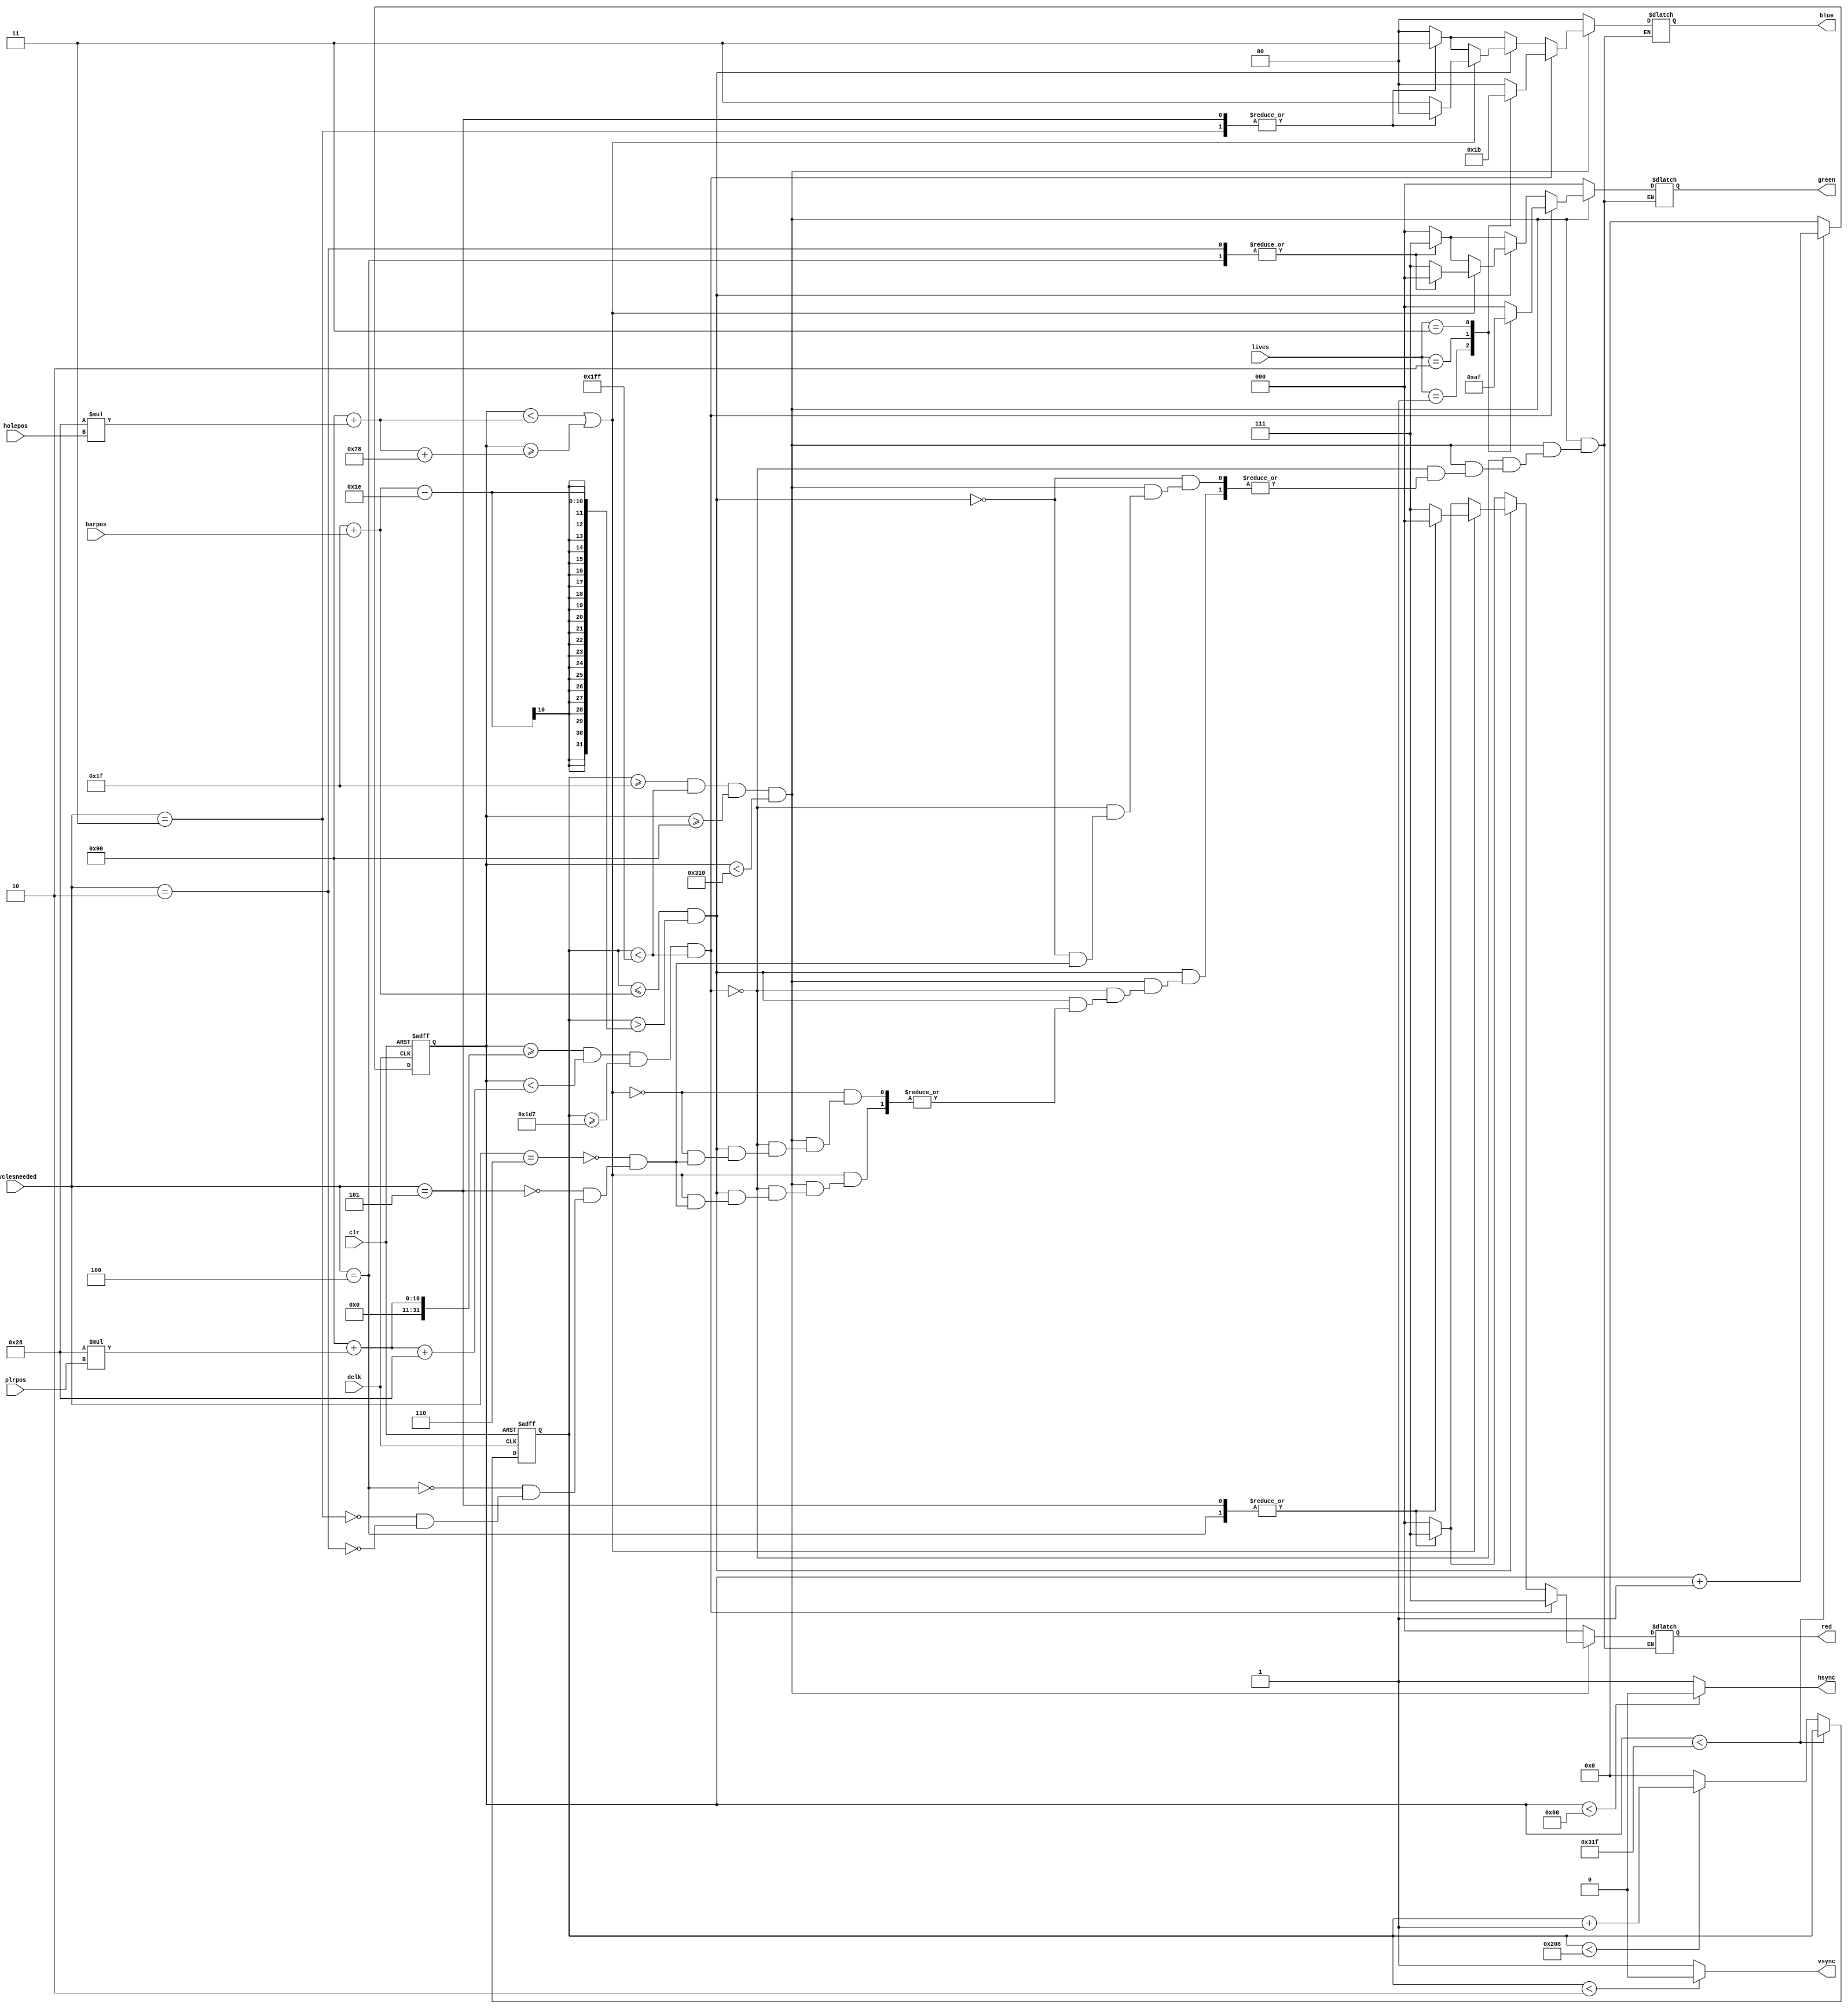
`timescale 1ns / 1ps
//////////////////////////////////////////////////////////////////////////////////
// Company: 
// Engineer: 
// 
// Design Name: 
// Module Name:    vga 
// Project Name: 
// Target Devices: 
// Tool versions: 
// Description: 
//
// Dependencies: 
//
// Revision: 
// Revision 0.01 - File Created
// Additional Comments: 
//
//////////////////////////////////////////////////////////////////////////////////
module vga(
	input wire dclk,			//pixel clock: 25MHz
	input wire clr,			//asynchronous reset
	input wire [8:0] barpos,
	input wire [3:0] holepos,
	input wire [3:0] plrpos, 
    input wire [1:0] lives,
	output wire hsync,		//horizontal sync out
	output wire vsync,		//vertical sync out
	output reg [2:0] red,	//red vga output
	output reg [2:0] green, //green vga output
	output reg [1:0] blue,	//blue vga output
    input wire [2:0] cyclesneeded
	);

// video structure constants
parameter hpixels = 800;// horizontal pixels per line
parameter vlines = 521; // vertical lines per frame
parameter hpulse = 96; 	// hsync pulse length
parameter vpulse = 2; 	// vsync pulse length
parameter hbp = 144; 	// end of horizontal back porch
parameter hfp = 784; 	// beginning of horizontal front porch
parameter vbp = 31; 		// end of vertical back porch
parameter vfp = 511; 	// beginning of vertical front porch
// active horizontal video is therefore: 784 - 144 = 640
// active vertical video is therefore: 511 - 31 = 480

// registers for storing the horizontal & vertical counters
reg [9:0] hc;
reg [9:0] vc;

// Horizontal & vertical counters --
// this is how we keep track of where we are on the screen.
// ------------------------
// Sequential "always block", which is a block that is
// only triggered on signal transitions or "edges".
// posedge = rising edge  &  negedge = falling edge
// Assignment statements can only be used on type "reg" and need to be of the "non-blocking" type: <=
always @(posedge dclk or posedge clr)
begin
	// reset condition
	if (clr == 1)
	begin
		hc <= 0;
		vc <= 0;
	end
	else
	begin
		// keep counting until the end of the line
		if (hc < hpixels - 1)
			hc <= hc + 1;
		else
		// When we hit the end of the line, reset the horizontal
		// counter and increment the vertical counter.
		// If vertical counter is at the end of the frame, then
		// reset that one too.
		begin
			hc <= 0;
			if (vc < vlines - 1)
				vc <= vc + 1;
			else
				vc <= 0;
		end
		
	end
end

// generate sync pulses (active low)
// ----------------
// "assign" statements are a quick way to
// give values to variables of type: wire
assign hsync = (hc < hpulse) ? 0:1;
assign vsync = (vc < vpulse) ? 0:1;

always @(*)
begin
	// first check if we're within vertical active video range
	if (vc >= vbp && vc < vfp && hc >= hbp && hc < hfp)
	begin
		// check if rendering player
		if (hc >= hbp + (40 * plrpos) && hc < hbp + (40 * plrpos) + 40 && vc >= vfp - 40 && vc < vfp)
		begin
            case (lives)
                2'b00:
                begin
                    red = 3'b111;
                    green = 3'd000;
                    blue = 2'b00;
                end
                2'b01:
                begin
                    red = 3'b111;
                    green = 3'b010;
                    blue = 2'b01;
                end
                2'b10:
                begin
                    red = 3'b111;
                    green = 3'b101;
                    blue = 2'b10;
                end
                2'b11:
                begin
                    red = 3'b111;
                    green = 3'b111;
                    blue = 2'b11;
                end
            endcase
		end

		// check if rendering a bar
		else if (vc <= vbp + barpos && vc > vbp + barpos - 30)
		begin
			if (hc < hbp + (40 * holepos) || hc >= hbp + (40 * holepos) + 120)
			begin
                case (cyclesneeded)
                    3'b110:
                    begin
                        red = 3'b111;
                        green = 3'b111;
                        blue = 2'b11;
                    end
                    3'b101:
                    begin
                        red = 3'b000;
                        green = 3'b111;
                        blue = 2'b00;
                    end
                    3'b100:
                    begin
                        red = 3'b000;
                        green = 3'b000;
                        blue = 2'b11;
                    end
                    3'b011:
                    begin
                        red = 3'b111;
                        green = 3'b111;
                        blue = 2'b00;
                    end
                    3'b010:
                    begin
                        red = 3'b111;
                        green = 3'b000;
                        blue = 2'b11;
                    end
                endcase
         
				
			end
            else 
            begin
                case (cyclesneeded)
                    3'b110:
                    begin
                        red = 3'b000;
                        green = 3'b000;
                        blue = 2'b00;
                    end
                    3'b101:
                    begin
                        red = 3'b111;
                        green = 3'b000;
                        blue = 2'b11;
                    end
                    3'b100:
                    begin
                        red = 3'b111;
                        green = 3'b111;
                        blue = 2'b00;
                    end
                    3'b011:
                    begin
                        red = 3'b000;
                        green = 3'b000;
                        blue = 2'b11;
                    end
                    3'b010:
                    begin
                        red = 3'b000;
                        green = 3'b111;
                        blue = 2'b00;
                    end
                endcase
            end
		end
		else
		begin
			case (cyclesneeded)
                    3'b110:
                    begin
                        red = 3'b000;
                        green = 3'b000;
                        blue = 2'b00;
                    end
                    3'b101:
                    begin
                        red = 3'b111;
                        green = 3'b000;
                        blue = 2'b11;
                    end
                    3'b100:
                    begin
                        red = 3'b111;
                        green = 3'b111;
                        blue = 2'b00;
                    end
                    3'b011:
                    begin
                        red = 3'b000;
                        green = 3'b000;
                        blue = 2'b11;
                    end
                    3'b010:
                    begin
                        red = 3'b000;
                        green = 3'b111;
                        blue = 2'b00;
                    end
                endcase
		end
	end
	// we're outside active vertical range so display black
	else
	begin
		red = 0;
		green = 0;
		blue = 0;
	end
end

endmodule